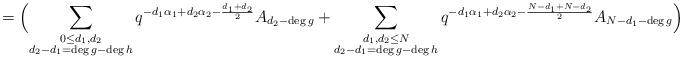
LaTeX: \begin{align*} = \Bigl( \sum_{\substack{0 \leq d_1,d_2 \\ d_2 -d_1 =\deg g- \deg h }}q^{ - d_1 \alpha_1+ d_2 \alpha_2- \frac{d_1+d_2}{2}} A_{d_2 -\deg g} + \sum_{\substack{ d_1,d_2 \leq N \\ d_2 -d_1 =\deg g- \deg h }}q^{ - d_1 \alpha_1+ d_2 \alpha_2- \frac{ N-d_1+N- d_2}{2}} A_{N-d_1-\deg g}\Bigr)\end{align*}